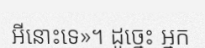
អីនោះទេ»។ ដូច្នេះ អ្នក